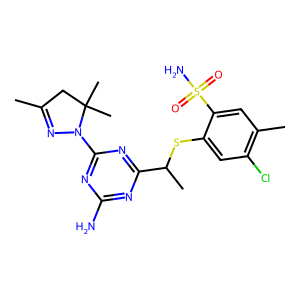
SMILES: CC1=NN(c2nc(N)nc(C(C)Sc3cc(Cl)c(C)cc3S(N)(=O)=O)n2)C(C)(C)C1
Inhibits HIV replication: No